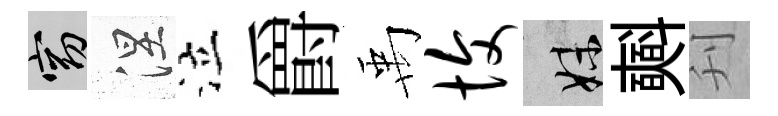
窈涅泣爵禹愎妹𣂏刋